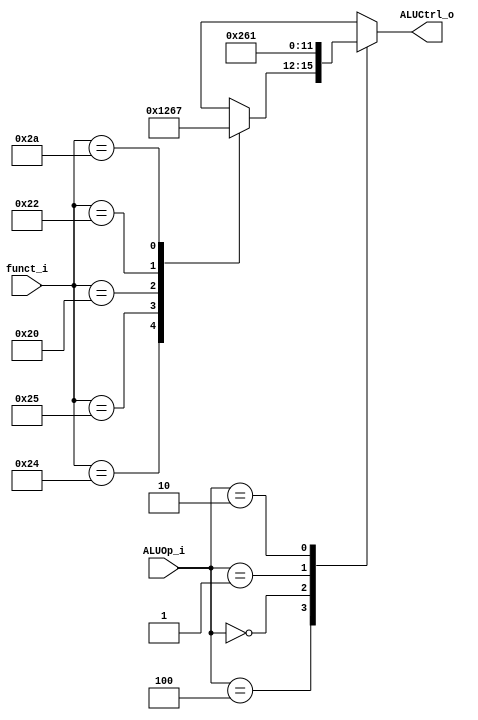
module ALU_Ctrl(
          funct_i,
          ALUOp_i,
          ALUCtrl_o
          );

//I/O ports
input      [6-1:0] funct_i;
input      [3-1:0] ALUOp_i;

output     [4-1:0] ALUCtrl_o;

//Internal Signals
reg        [4-1:0] ALUCtrl_o;

//Parameter


//Select exact operation

always@(*) begin
    case (ALUOp_i)
        // r-types
        3'b100:
            case (funct_i)
                6'b100100: ALUCtrl_o <= 4'b0000;    // and 0000
                6'b100101: ALUCtrl_o <= 4'b0001;    // or  0001
                6'b100000: ALUCtrl_o <= 4'b0010;    // add 0010
                6'b100010: ALUCtrl_o <= 4'b0110;    // sub 0110
                6'b101010: ALUCtrl_o <= 4'b0111;    // slt 0111
                default:   ALUCtrl_o <= 4'bxxxx;
            endcase
        3'b000:  ALUCtrl_o <= 4'b0010;               // add in  addi
        3'b001:  ALUCtrl_o <= 4'b0110;               // sub in bdq
        3'b010:  ALUCtrl_o <= 4'b0001;               // or in ori
        default: ALUCtrl_o <= 4'bxxxx;
    endcase
end

endmodule